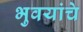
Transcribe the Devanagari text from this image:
भुवयांचे